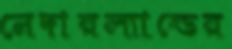
নেদারল্যান্ডের